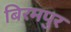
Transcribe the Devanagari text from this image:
बिरमपुर